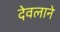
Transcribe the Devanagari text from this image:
देवलाने